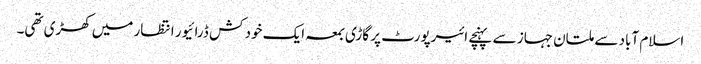
اسلام آباد سے ملتان جہاز سے پہنچے ائیرپورٹ پر گاڑی بمعہ ایک خود کش ڈرائیور انتظار میں کھڑی تھی۔